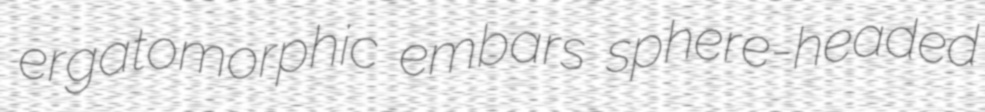
ergatomorphic embars sphere-headed